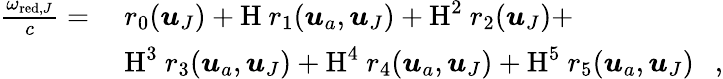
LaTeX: \begin{array}{rl}{\frac{\omega_{\textup{red},J}}{c}=}&{\ r_{0}(\boldsymbol{u}_{J})+\textup{H}\ r_{1}(\boldsymbol{u}_{a},\boldsymbol{u}_{J})+\textup{H}^{2}\ r_{2}(\boldsymbol{u}_{J})+}\\ &{\ \textup{H}^{3}\ r_{3}(\boldsymbol{u}_{a},\boldsymbol{u}_{J})+\textup{H}^{4}\ r_{4}(\boldsymbol{u}_{a},\boldsymbol{u}_{J})+\textup{H}^{5}\ r_{5}(\boldsymbol{u}_{a},\boldsymbol{u}_{J})\ \ \ ,}\end{array}